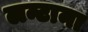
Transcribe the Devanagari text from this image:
लन्टाना